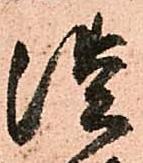
淡